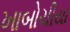
ખાબોચીયા